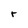
Character: r